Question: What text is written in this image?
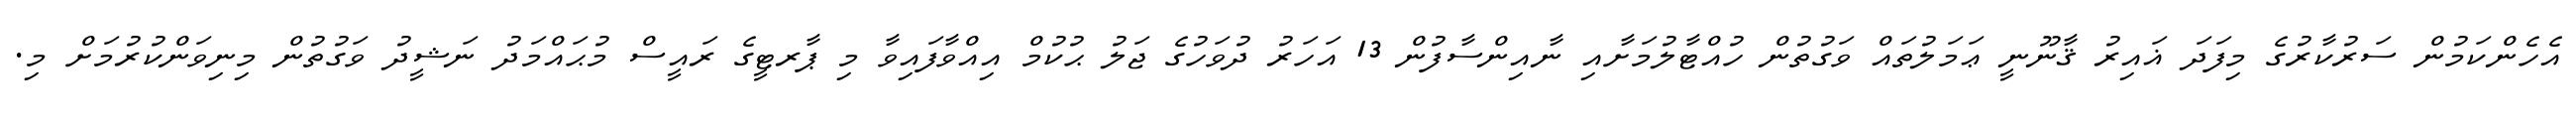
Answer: އެހެންކަމުން ސަރުކާރުގެ މިފަދަ ޣައިރު ޤާނޫނީ ޢަމަލުތައް ވަގުތުން ހުއްޓާލުމަށާއި ނާއިންސާފުން 13 އަހަރު ދުވަހުގެ ޖަލު ޙުކުމް އިއްވާފައިވާ މި ޕާރޓީގެ ރައީސް މުޙައްމަދު ނަޝީދު ވަގުތުން މިނިވަންކުރުމަށް މި.